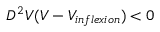
D ^ { 2 } V ( V - V _ { i n f l e x i o n } ) < 0